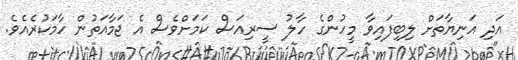
އަދި އަނިޔާތަށް ލިބިފައިވާ މީހުންގެ ހާލު ސީރިއަސް ކަމަށްވެސް އެ ޖަމާއަތުން ހާމަކުރެއެވެ.